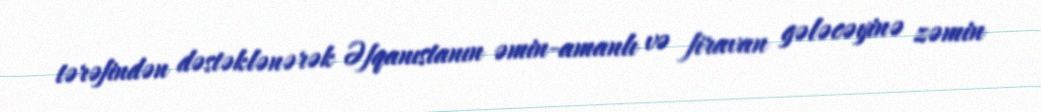
tərəfindən dəstəklənərək Əfqanıstanın əmin-amanlı və firavan gələcəyinə zəmin